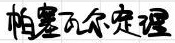
帕塞瓦尔定理